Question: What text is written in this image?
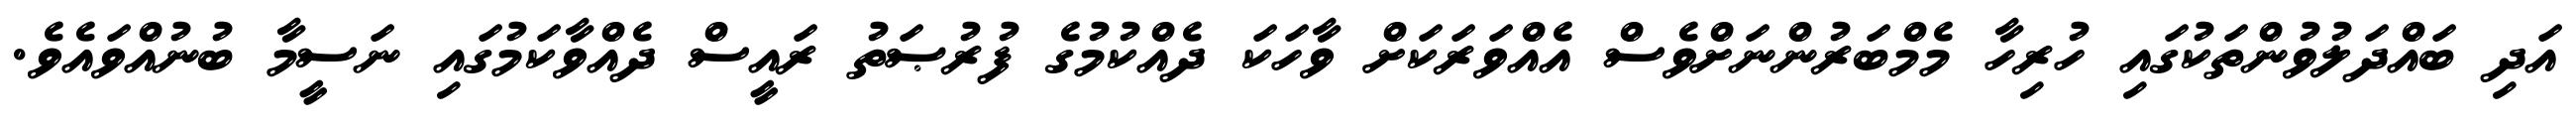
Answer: އަދި ބައްދަލުވުންތަކުގައި ހުރިހާ މެމްބަރުންނަށްވެސް އެއްވަރަކަށް ވާހަކަ ދެއްކުމުގެ ފުރުޞަތު ރައީސް ދެއްވާކަމުގައި ނަސީމާ ބުނުއްވައެވެ.